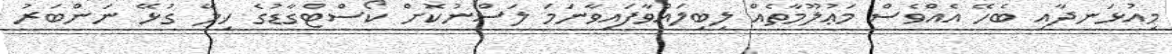
މިއުޅަނދާއި ބެހޭ އެއްވެސް މަޢުލޫމާތެއް ލިބިލައްވާފައިވާނަމަ ލަސްނުކޮށް ކޯސްޓްގާޑުގެ ހިލޭ ގުޅޭ ނަންބަރު